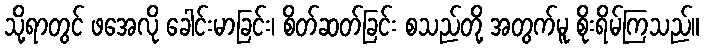
သို့ရာတွင် ဖအေလို ခေါင်းမာခြင်း၊ စိတ်ဆတ်ခြင်း စသည်တို့ အတွက်မူ စိုးရိမ်ကြသည်။